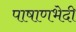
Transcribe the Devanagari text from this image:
पाषाणभेदी